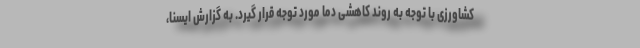
کشاورزی با توجه به روند کاهشی دما مورد توجه قرار گیرد. به گزارش ایسنا،